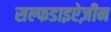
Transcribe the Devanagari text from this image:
सल्फडाइऐज़ीन